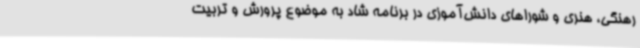
رهنگی، هنری و شوراهای دانش‌آموزی در برنامه شاد به موضوع پرورش و تربیت